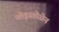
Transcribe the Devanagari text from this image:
प्लेइस्तोसेन